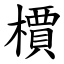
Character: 檟